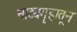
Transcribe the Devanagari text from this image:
नाट्यगृहातून